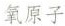
氧原子